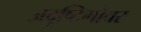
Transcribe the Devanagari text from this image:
अदृष्टिगोचर